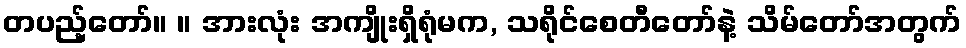
တပည့်တော်။ ။ အားလုံး အကျိုးရှိရုံမက, သရိုင်စေတီတော်နဲ့ သိမ်တော်အတွက်